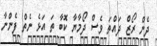
ދެން ރޯޒް ދައްތަ ވެސް ދޯމާޔާ ކޮބާ ތަ އަޅެ ނެތް ފެންނާ